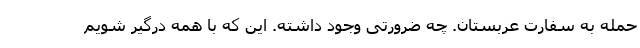
حمله به سفارت عربستان. چه ضرورتی وجود داشته. این که با همه درگیر شویم